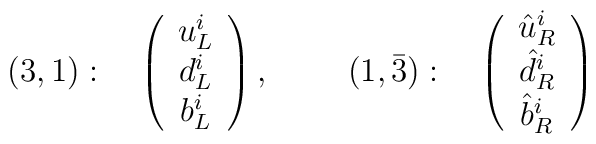
(3,1): \quad \left( \begin{array}{c}u_L^i \\ d_L^i \\ b_L^i\end{array} \right), ~~~~\quad (1,\bar{3}):\quad\left( \begin{array}{c}\hat{u}_R^i \\ \hat{d}_R^i \\ \hat{b}_R^i\end{array} \right)